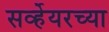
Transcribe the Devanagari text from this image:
सर्व्हेयरच्या